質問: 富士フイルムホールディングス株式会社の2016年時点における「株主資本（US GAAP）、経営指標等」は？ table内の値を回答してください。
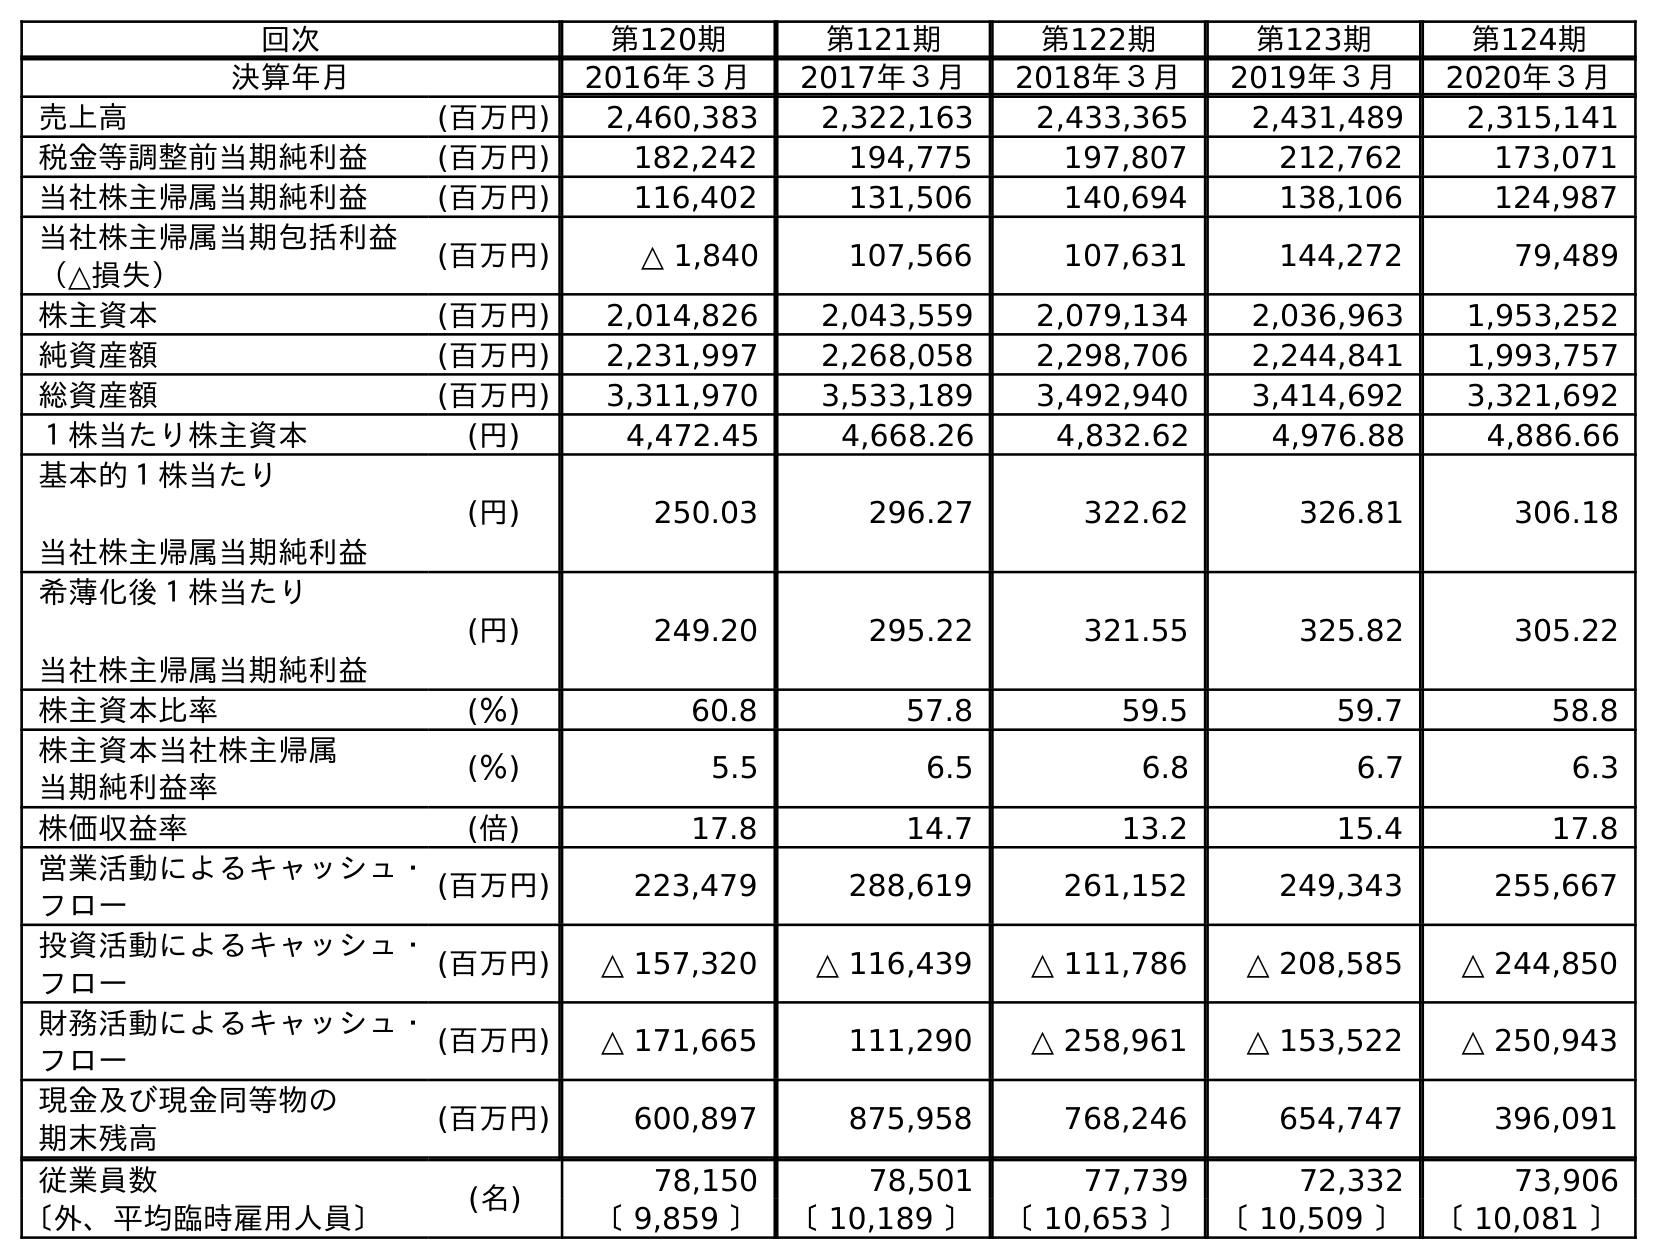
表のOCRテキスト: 回次 第120期 第121期 第122期 第123期 第124期 決算年月 2016年３月 2017年３月 2018年３月 2019年３月 2020年３月 売上高 (百万円) 2,460,383 2,322,163 2,433,365 2,431,489 2,315,141 税金等調整前当期純利益 (百万円) 182,242 194,775 197,807 212,762 173,071 当社株主帰属当期純利益 (百万円) 116,402 131,506 140,694 138,106 124,987 当社株主帰属当期包括利益 （△損失） (百万円) △ 1,840 107,566 107,631 144,272 79,489 株主資本 (百万円) 2,014,826 2,043,559 2,079,134 2,036,963 1,953,252 純資産額 (百万円) 2,231,997 2,268,058 2,298,706 2,244,841 1,993,757 総資産額 (百万円) 3,311,970 3,533,189 3,492,940 3,414,692 3,321,692 １株当たり株主資本 (円) 4,472.45 4,668.26 4,832.62 4,976.88 4,886.66 基本的１株当たり 当社株主帰属当期純利益 (円) 250.03 296.27 322.62 326.81 306.18 希薄化後１株当たり 当社株主帰属当期純利益 (円) 249.20 295.22 321.55 325.82 305.22 株主資本比率 (％) 60.8 57.8 59.5 59.7 58.8 株主資本当社株主帰属 当期純利益率 (％) 5.5 6.5 6.8 6.7 6.3 株価収益率 (倍) 17.8 14.7 13.2 15.4 17.8 営業活動によるキャッシュ・ フロー (百万円) 223,479 288,619 261,152 249,343 255,667 投資活動によるキャッシュ・ フロー (百万円) △ 157,320 △ 116,439 △ 111,786 △ 208,585 △ 244,850 財務活動によるキャッシュ・ フロー (百万円) △ 171,665 111,290 △ 258,961 △ 153,522 △ 250,943 現金及び現金同等物の 期末残高 (百万円) 600,897 875,958 768,246 654,747 396,091 従業員数 (名) 78,150 78,501 77,739 72,332 73,906 〔外、平均臨時雇用人員〕 〔 9,859 〕 〔 10,189 〕 〔 10,653 〕 〔 10,509 〕 〔 10,081 〕
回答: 2,014,826